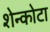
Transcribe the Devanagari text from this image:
शेन्कोटा